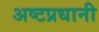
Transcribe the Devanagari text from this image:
अष्टप्रधानी